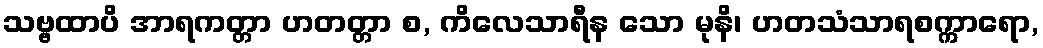
သဗ္ဗထာပိ အာရကတ္တာ ဟတတ္တာ စ, ကိလေသာရီန သော မုနိ၊ ဟတသံသာရစက္ကာရော,